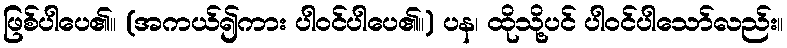
ဖြစ်ပါပေ၏။ (အကယ်၍ကား ပါဝင်ပါပေ၏။) ပန၊ ထိုသို့ပင် ပါဝင်ပါသော်လည်း။